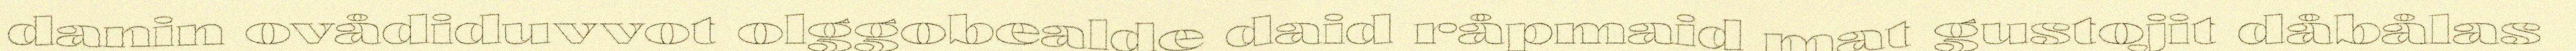
danin ovådiduvvot olggobealde daid råpmaid mat gustojit dåbålas